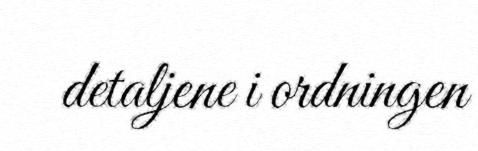
detaljene i ordningen